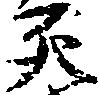
死